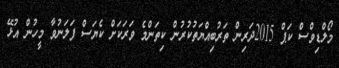
މޯލްޑިވްސް ކަޕް 2015ދަރިން ތަރުބިއްޔަތުކުރުން ކިތަންމެ ވަރަކަށް ކެޔަސް ފަލަނުވާ މީހުން އުޅޭ